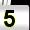
Digit: 5